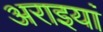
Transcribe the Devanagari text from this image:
अराइयां